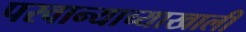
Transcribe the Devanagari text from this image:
परवान्याच्याखाली